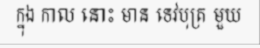
ក្នុង កាល នោះ មាន ទេវបុត្រ មួយ